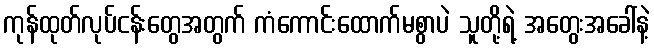
ကုန်ထုတ်လုပ်ငန်းတွေအတွက် ကံကောင်းထောက်မစွာပဲ သူတို့ရဲ့ အတွေးအခေါ်နဲ့